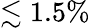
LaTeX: \lesssim 1.5\%